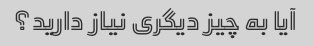
آیا به چیز دیگری نیاز دارید؟